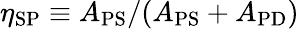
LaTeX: \eta_{\mathrm{SP}}\equiv A_{\mathrm{PS}}/(A_{\mathrm{PS}}+A_{\mathrm{PD}})